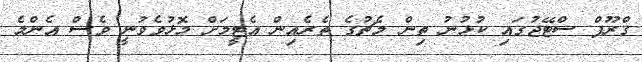
ގްރޫޕް ސްޓޭޖުގައި ކުޅުނު ތިން މެޗުގެ ތެރެއިން އެޓީމަށް މޮޅުވެވުނީ ވެސް އެންމެ